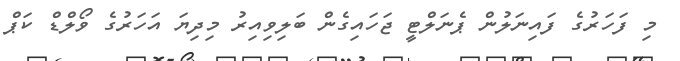
މި ފަހަރުގެ ފައިނަލުން ޕެނަލްޓީ ޖަހައިގެން ބަލިވިއިރު މިދިޔަ އަހަރުގެ ވޯލްޑް ކަޕް